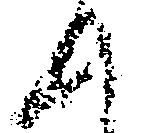
て